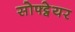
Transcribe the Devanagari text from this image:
सोफ्ट्वेयर